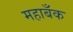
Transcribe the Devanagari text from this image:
महाबँक